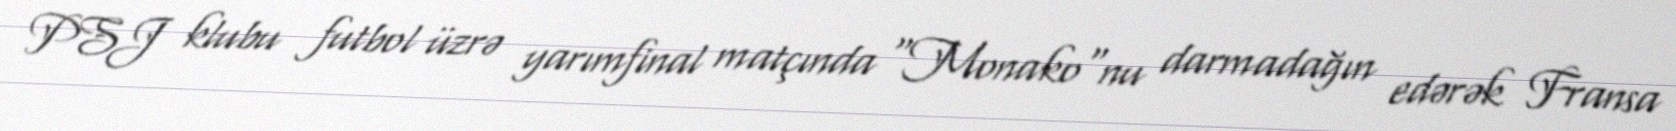
PSJ klubu futbol üzrə yarımfinal matçında "Monako"nu darmadağın edərək Fransa